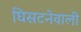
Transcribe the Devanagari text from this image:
घिसटनेवाली